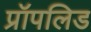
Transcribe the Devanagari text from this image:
प्रॉपलिड